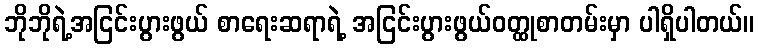
ဘိုဘိုရဲ့အငြင်းပွားဖွယ် စာရေးဆရာရဲ့ အငြင်းပွားဖွယ်ဝတ္ထုစာတမ်းမှာ ပါရှိပါတယ်။